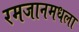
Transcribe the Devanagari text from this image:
रमजानमधला